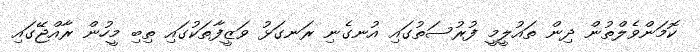
ކޮމަންވެލްތުން ދިން ތައުލީމީ ފުރުސަތުގައި އުނގެނި ރަނގަޅު ވަޒީފާތަކުގައި ތިބި މީހުން ރާއްޖޭގައި